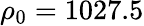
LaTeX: \rho_{0}=1027.5